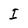
Character: I